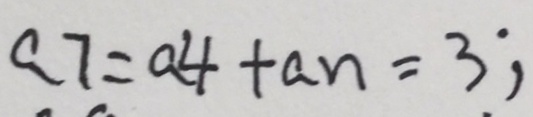
a 7 = a 4 + a n = 3 ;